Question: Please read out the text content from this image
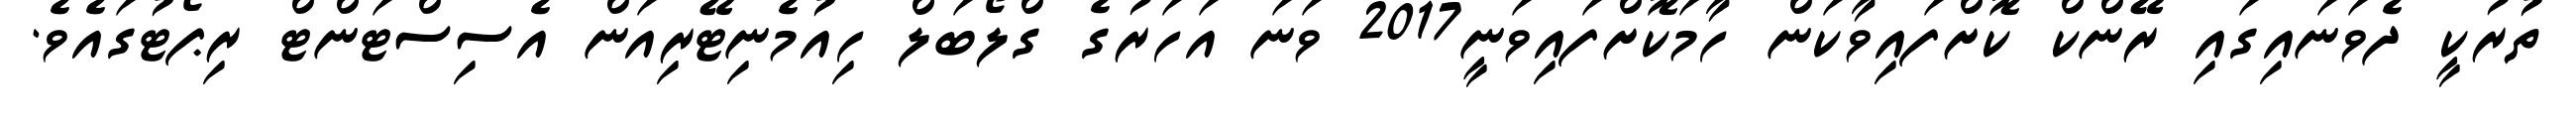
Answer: ތުރުކީ ދެވަނައިގައި ރޭންކް ކޮށްފައިވާކަން ހާމަކޮށްފައިވަނީ2017 ވަނަ އަހަރުގެ ގްލޯބަލް ހިއުމެނިޓޭރިއަން އެސިސްޓަންޓް ރިޕޯޓުގައެވެ.